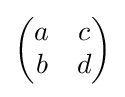
{\begin{pmatrix}a&c\\b&d\end{pmatrix}}